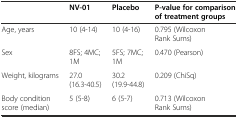
|  | NV-01 | Placebo | P-value for comparison of treatment groups |
 | --- | --- | --- | --- |
 | Age, years | 10 (4-14) | 10 (4-16) | 0.795 (Wilcoxon Rank Sums) |
 | Sex | 8FS; 4MC; 1M | 5FS; 7MC; 1M | 0.470 (Pearson) |
 | Weight, kilograms | 27.0 (16.3-40.5) | 30.2 (19.9-44.8) | 0.209 (ChiSq) |
 | Body condition score (median) | 5 (5-8) | 6 (5-7) | 0.713 (Wilcoxon Rank Sums) |